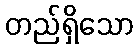
တည်ရှိသော